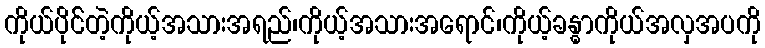
ကိုယ်ပိုင််တဲ့ကိုယ့်အသားအရည်၊ကိုယ့်အသားအရောင်၊ကိုယ့်ခန္ဓာကိုယ်အလှအပကို